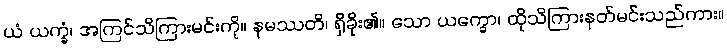
ယံ ယက္ခံ၊ အကြင်သိကြားမင်းကို။ နမဿတိ၊ ရှိခိုး၏။ သော ယက္ခော၊ ထိုသိကြားနတ်မင်းသည်ကား။